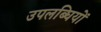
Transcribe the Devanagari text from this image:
उपलब्घियों